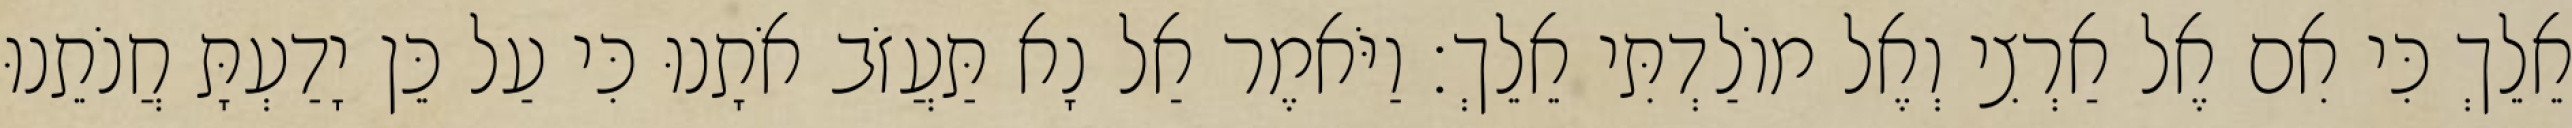
אֵלֵךְ כִּי אִם אֶל אַרְצִי וְאֶל מוֹלַדְתִּי אֵלֵךְ׃ וַיֹּאמֶר אַל נָא תַּעֲזֹב אֹתָנוּ כִּי עַל כֵּן יָדַעְתָּ חֲנֹתֵנוּ